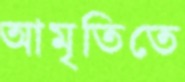
আমৃতিতে